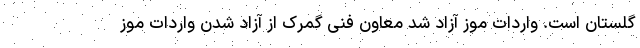
گلستان است. واردات موز آزاد شد معاون فنی گمرک از آزاد شدن واردات موز